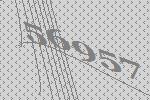
56957